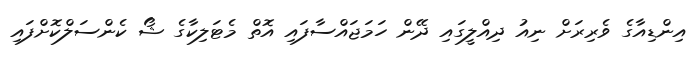
އިންޑިއާގެ ވެރިރަށް ނިއު ދިއްލީގައި ދޭން ހަމަޖައްސާފައި އޮތް މެޓަލިކާގެ ޝޯ ކެންސަލްކޮށްފައި